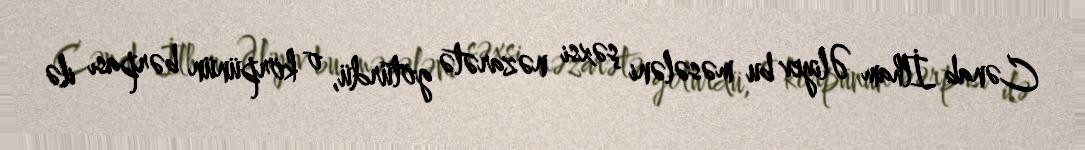
Cənab İlham Əliyev bu məsələni şəxsi nəzarətə götürdü, o körpünün bərpası ilə